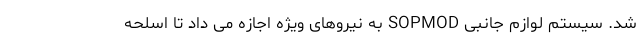
شد. سیستم لوازم جانبی SOPMOD به نیروهای ویژه اجازه می داد تا اسلحه